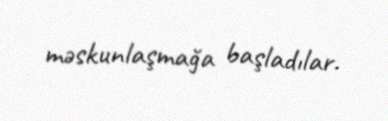
məskunlaşmağa başladılar.